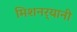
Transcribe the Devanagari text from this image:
मिशनर्‍यानी